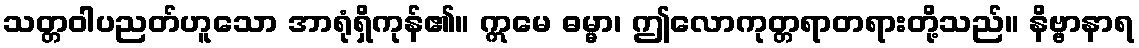
သတ္တဝါပညတ်ဟူသော အာရုံရှိကုန်၏။ ဣမေ ဓမ္မာ၊ ဤလောကုတ္တရာတရားတို့သည်။ နိဗ္ဗာနာရ